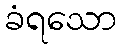
ခံရသော